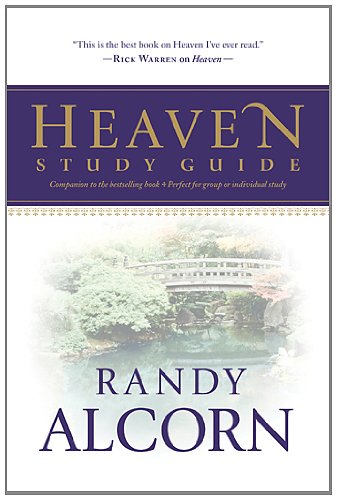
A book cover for Heaven Study Guide; Randy Alcorn; Christian Books & Bibles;